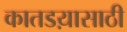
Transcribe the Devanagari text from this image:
कातडय़ासाठी